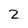
Character: 2